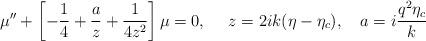
LaTeX: \begin{align*}\mu''+ \left[ -\frac{1}{4} +\frac{a}{z} +\frac{1}{4z^2}\right]\mu=0,~~~~z=2ik(\eta-\eta_c),~~~a=i\frac{q^2\eta_c}{k}\end{align*}